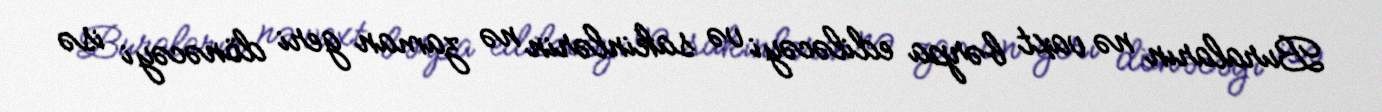
Buraların nə vaxt bərpa ediləcəyi və sakinlərin nə zaman geri dönəcəyi isə